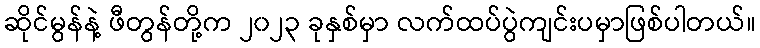
ဆိုင်မွန်နဲ့ ဖီတွန်တို့က ၂၀၂၃ ခုနှစ်မှာ လက်ထပ်ပွဲကျင်းပမှာဖြစ်ပါတယ်။